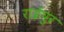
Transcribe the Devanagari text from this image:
राईपुर